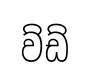
ව්ඩ්